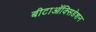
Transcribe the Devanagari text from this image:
बीटाऑक्सिडेशन